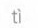
tì\grave{i}